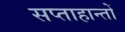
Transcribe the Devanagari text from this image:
सप्ताहान्तों